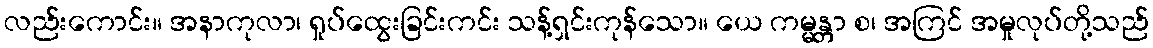
လည်းကောင်း။ အနာကုလာ၊ ရှုပ်ထွေးခြင်းကင်း သန့်ရှင်းကုန်သော။ ယေ ကမ္မန္တာ စ၊ အကြင် အမှုလုပ်တို့သည်